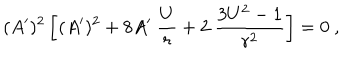
( A ^ { \prime } ) ^ { 2 } \left[ ( A ^ { \prime } ) ^ { 2 } + 8 A ^ { \prime } ~ { \frac { U } { r } } + 2 ~ { \frac { 3 U ^ { 2 } - 1 } { r ^ { 2 } } } \right] = 0 ~ ,